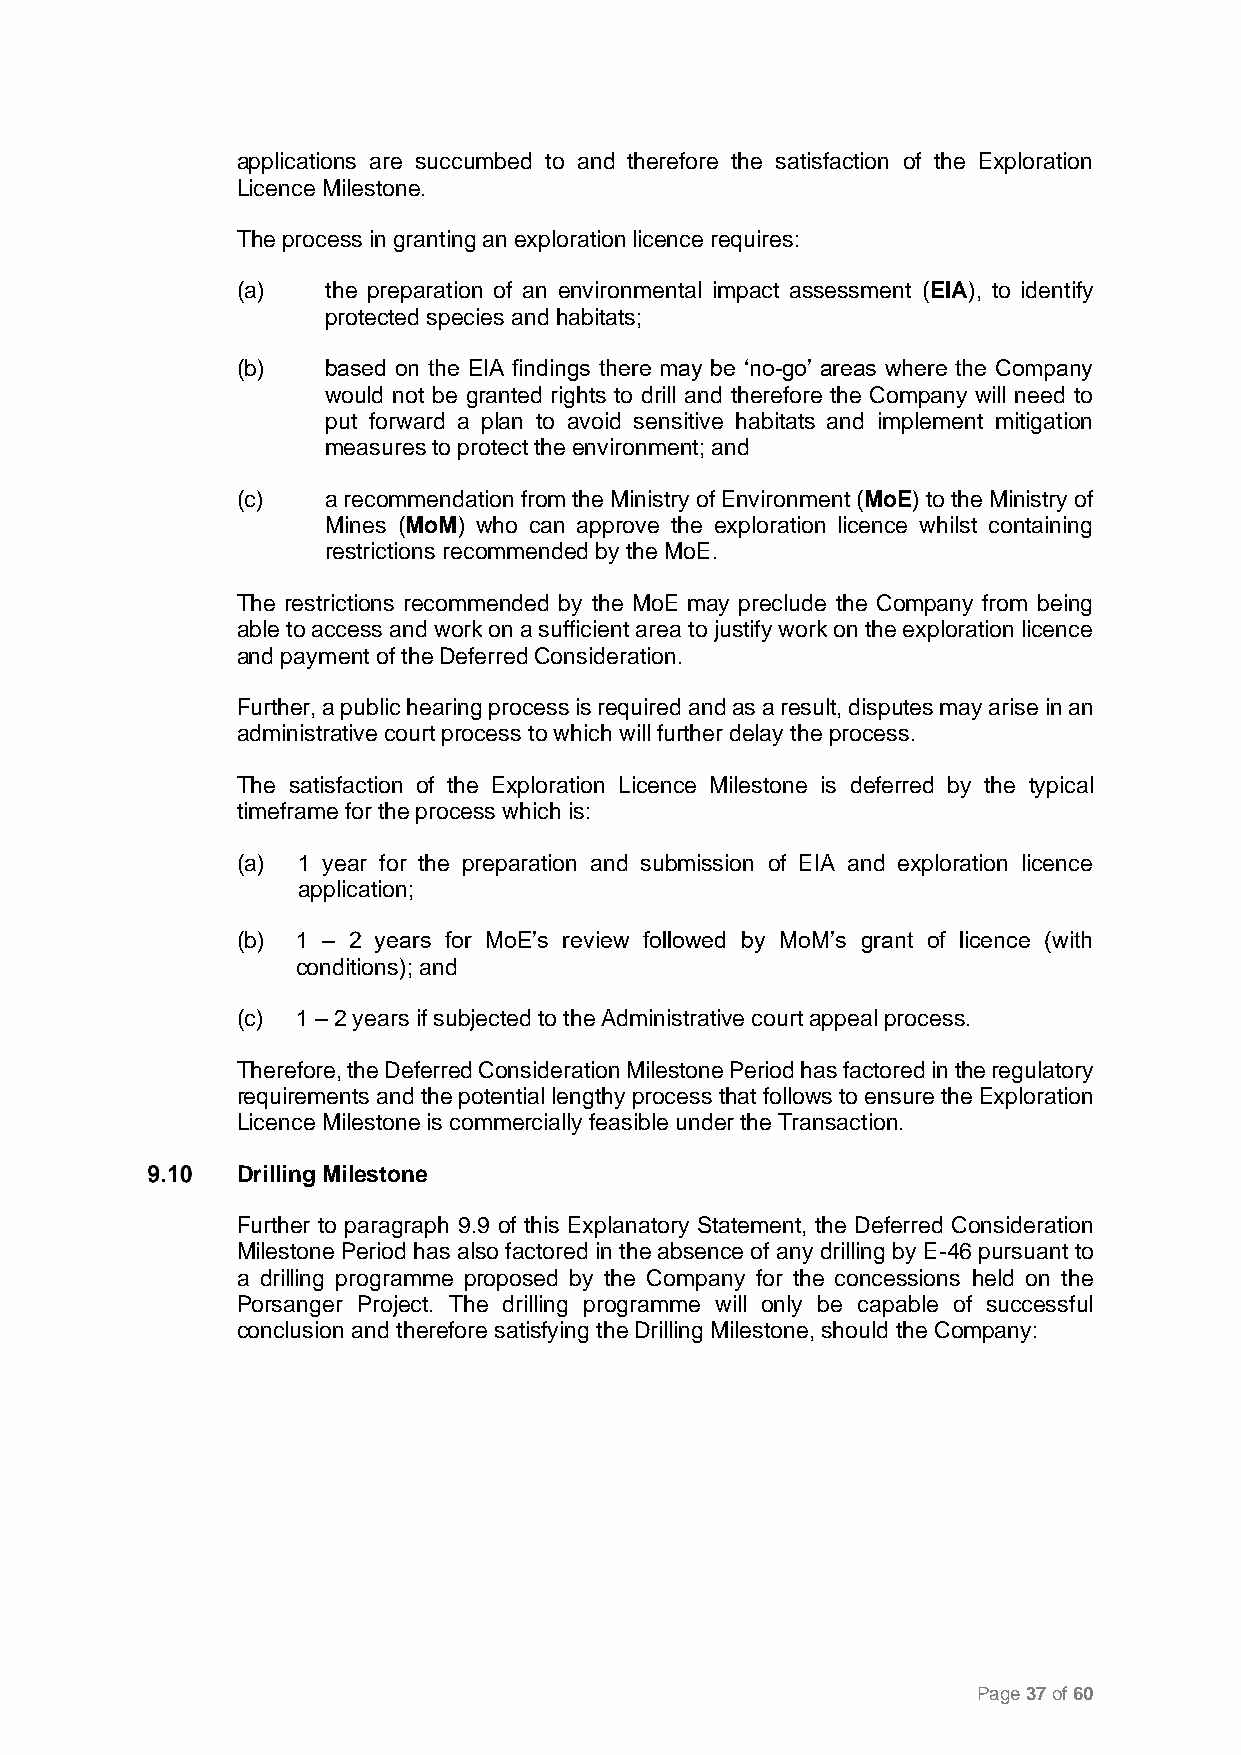
applications are succumbed to and therefore the satisfaction of the Exploration
 Licence Milestone.
 The process in granting an exploration licence requires:
 (a)   the preparation of an environmental impact assessment (EIA), to identify
 protected species and habitats;
 (b)   based on the EIA findings there may be ‘no-go’ areas where the Company
 would not be granted rights to drill and therefore the Company will need to
 put forward a plan to avoid sensitive habitats and implement mitigation
 measures to protect the environment; and
 (c)   a recommendation from the Ministry of Environment (MoE) to the Ministry of
 Mines (MoM) who can approve the exploration licence whilst containing
 restrictions recommended by the MoE.
 The restrictions recommended by the MoE may preclude the Company from being
 able to access and work on a sufficient area to justify work on the exploration licence
 and payment of the Deferred Consideration.
 Further, a public hearing process is required and as a result, disputes may arise in an
 administrative court process to which will further delay the process.
 The satisfaction of the Exploration Licence Milestone is deferred by the typical
 timeframe for the process which is:
 (a) 1 year for the preparation and submission of EIA and exploration licence
 application;
 (b) 1 – 2 years for MoE’s review followed by MoM’s grant of licence (with
 conditions); and
 (c) 1 – 2 years if subjected to the Administrative court appeal process.
 Therefore, the Deferred Consideration Milestone Period has factored in the regulatory
 requirements and the potential lengthy process that follows to ensure the Exploration
 Licence Milestone is commercially feasible under the Transaction.
 Drilling Milestone
 Further to paragraph 9.9 of this Explanatory Statement, the Deferred Consideration
 Milestone Period has also factored in the absence of any drilling by E-46 pursuant to
 a drilling programme proposed by the Company for the concessions held on the
 Porsanger Project. The drilling programme will only be capable of successful
 conclusion and therefore satisfying the Drilling Milestone, should the Company:
 Page 37 of 60